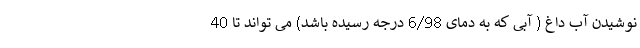
نوشیدن آب داغ ( آبی که به دمای 6/98 درجه رسیده باشد) می تواند تا 40